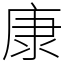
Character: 康